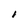
Character: I